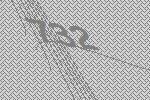
732